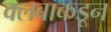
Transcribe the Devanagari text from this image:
क्लबाकडून